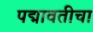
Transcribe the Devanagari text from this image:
पद्मावतीचा